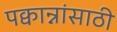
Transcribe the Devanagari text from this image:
पक्वान्नांसाठी